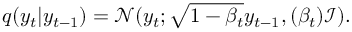
q ( y _ { t } | y _ { t - 1 } ) = \mathcal { N } ( y _ { t } ; \sqrt { 1 - \beta _ { t } } y _ { t - 1 } , ( \beta _ { t } ) \mathcal { I } ) .